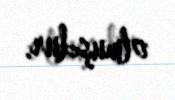
olmuşdur.